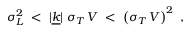
\sigma _ { L } ^ { 2 } \; < \; | \underline { { { k } } } | \; \sigma _ { T } \, V \; < \; \left( \sigma _ { T } \, V \right) ^ { 2 } ~ ,